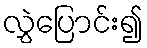
လွှဲပြောင်း၍